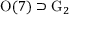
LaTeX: \mathrm { O } ( 7 ) \supset \mathrm { G } _ { 2 }